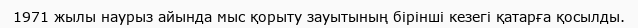
1971 жылы наурыз айында мыс қорыту зауытының бірінші кезегі қатарға қосылды.